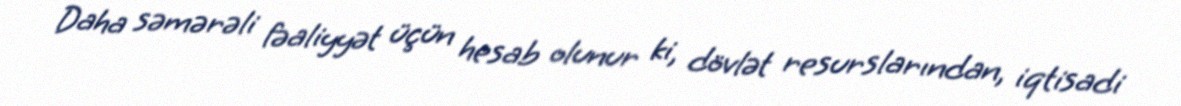
Daha səmərəli fəaliyyət üçün hesab olunur ki, dövlət resurslarından, iqtisadi